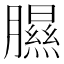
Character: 𦡹